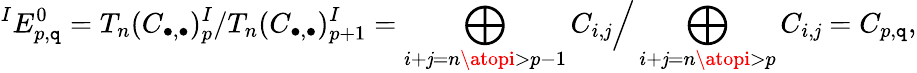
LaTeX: {}^{I}E_{p,\mathtt{q}}^{0}=T_{n}(C_{\bullet,\bullet})_{p}^{I}/T_{n}(C_{\bullet,\bullet})_{p+1}^{I}=\bigoplus_{i+\mathit{j}=n\atopi>p-1}C_{i,\mathit{j}}{\Big/}\bigoplus_{i+\mathit{j}=n\atopi>p}C_{i,\mathit{j}}=C_{p,\mathtt{q}},